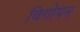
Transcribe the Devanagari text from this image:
विगोपन